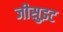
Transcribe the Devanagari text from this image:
जीसुइट